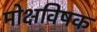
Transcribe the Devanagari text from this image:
मोक्षविषक